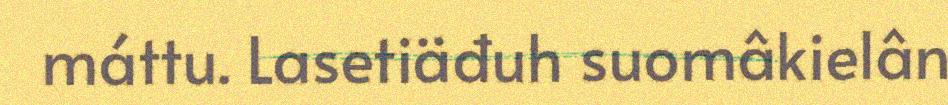
máttu. Lasetiäđuh suomâkielân